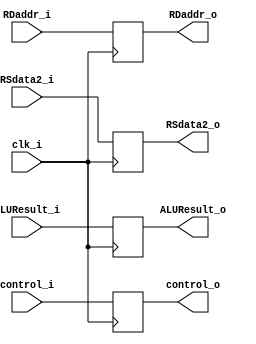
module EX_MEM
(
	clk_i,
	control_i,
	ALUResult_i,
	RSdata2_i,
	RDaddr_i,
	control_o,
	ALUResult_o,
	RSdata2_o,
	RDaddr_o
);

input				clk_i;
input	[ 3:0]		control_i;	
input	[31:0]		ALUResult_i;
input	[31:0]		RSdata2_i;
input	[ 4:0]		RDaddr_i;
output	reg [ 3:0]		control_o;
output	reg [31:0]		ALUResult_o;
output	reg [31:0]		RSdata2_o;
output	reg [ 4:0]		RDaddr_o;

always @(posedge clk_i) begin
	control_o	<= control_i;
	ALUResult_o	<= ALUResult_i;
	RSdata2_o	<= RSdata2_i;
	RDaddr_o	<= RDaddr_i;
end

endmodule